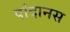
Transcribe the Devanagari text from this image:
पांदानस